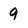
Character: 9